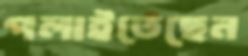
পলাইতেছেন